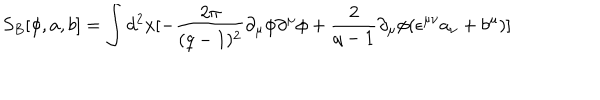
LaTeX: S _ { B } [ \phi , a , b ] = \int d ^ { 2 } x [ - \frac { 2 \pi } { ( q - 1 ) ^ { 2 } } \partial _ { \mu } \phi \partial ^ { \mu } \phi + \frac { 2 } { q - 1 } \partial _ { \mu } \phi ( \epsilon ^ { \mu \nu } a _ { \nu } + b ^ { \mu } ) ]